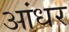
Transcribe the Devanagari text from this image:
आंधर